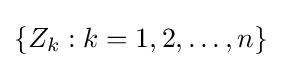
\{Z_{k}:k=1,2,\ldots ,n\}